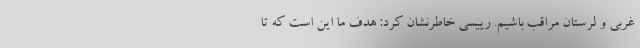
غربی و لرستان مراقب باشیم. رییسی خاطرنشان کرد: هدف ما این است که تا